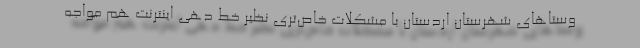
وستاهای شهرستان اردستان با مشکلات خاص‌تری نظیر خط دهی اینترنت هم مواجه